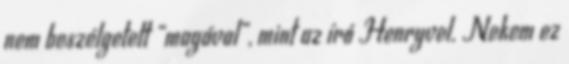
nem beszélgetett “magával”, mint az író Henryvel. Nekem ez